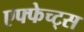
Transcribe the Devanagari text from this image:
एफ्फेच्ट्स